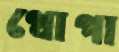
থোপা